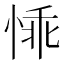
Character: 𪬁